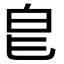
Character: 𭽇